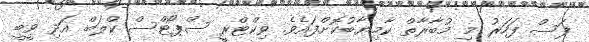
ފަސް ފަހަރު މި މުބާރާތް ކާމިޔާބުކޮށްފައެވެ. ވިކްޓްރީ ސްޕޯޓްސް ކްލަބް އަދި ވީބީ